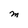
Character: M